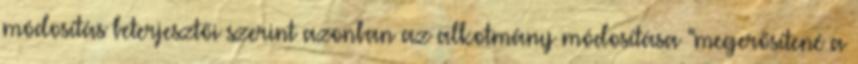
módosítás beterjesztői szerint azonban az alkotmány módosítása "megerősítené a